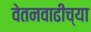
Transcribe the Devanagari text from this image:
वेतनवाढीच्या